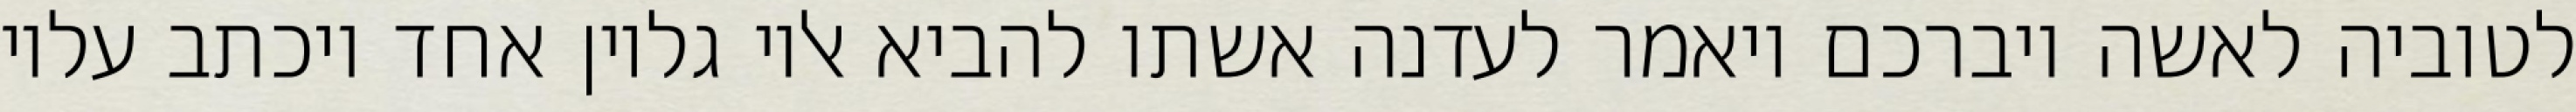
לטוביה לאשה ויברכם ויאמר לעדנה אשתו להביא אליו גליון אחד ויכתב עליו